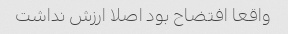
واقعا افتضاح بود اصلا ارزش نداشت